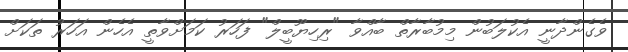
ވެގެންދާނީ އެކުލަބުން މިމުބާރާތް ބާއްވާ "ރިހިޔޫބީލް" ފަހަރު ކަމަށްވާތީ އެހެން އަހަރު ތަކަށް